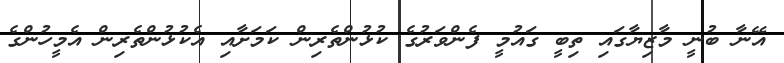
އޭނާ ބުނީ މާޒިޔާގައި ތިބީ ގައުމީ ފެންވަރުގެ ކުޅުންތެރިން ކަމަށާއި އެކުޅުންތެރިން އެމީހުންގެ